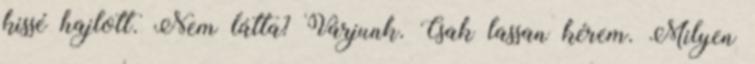
kissé hajlott. Nem látta? Várjunk. Csak lassan kérem. Milyen